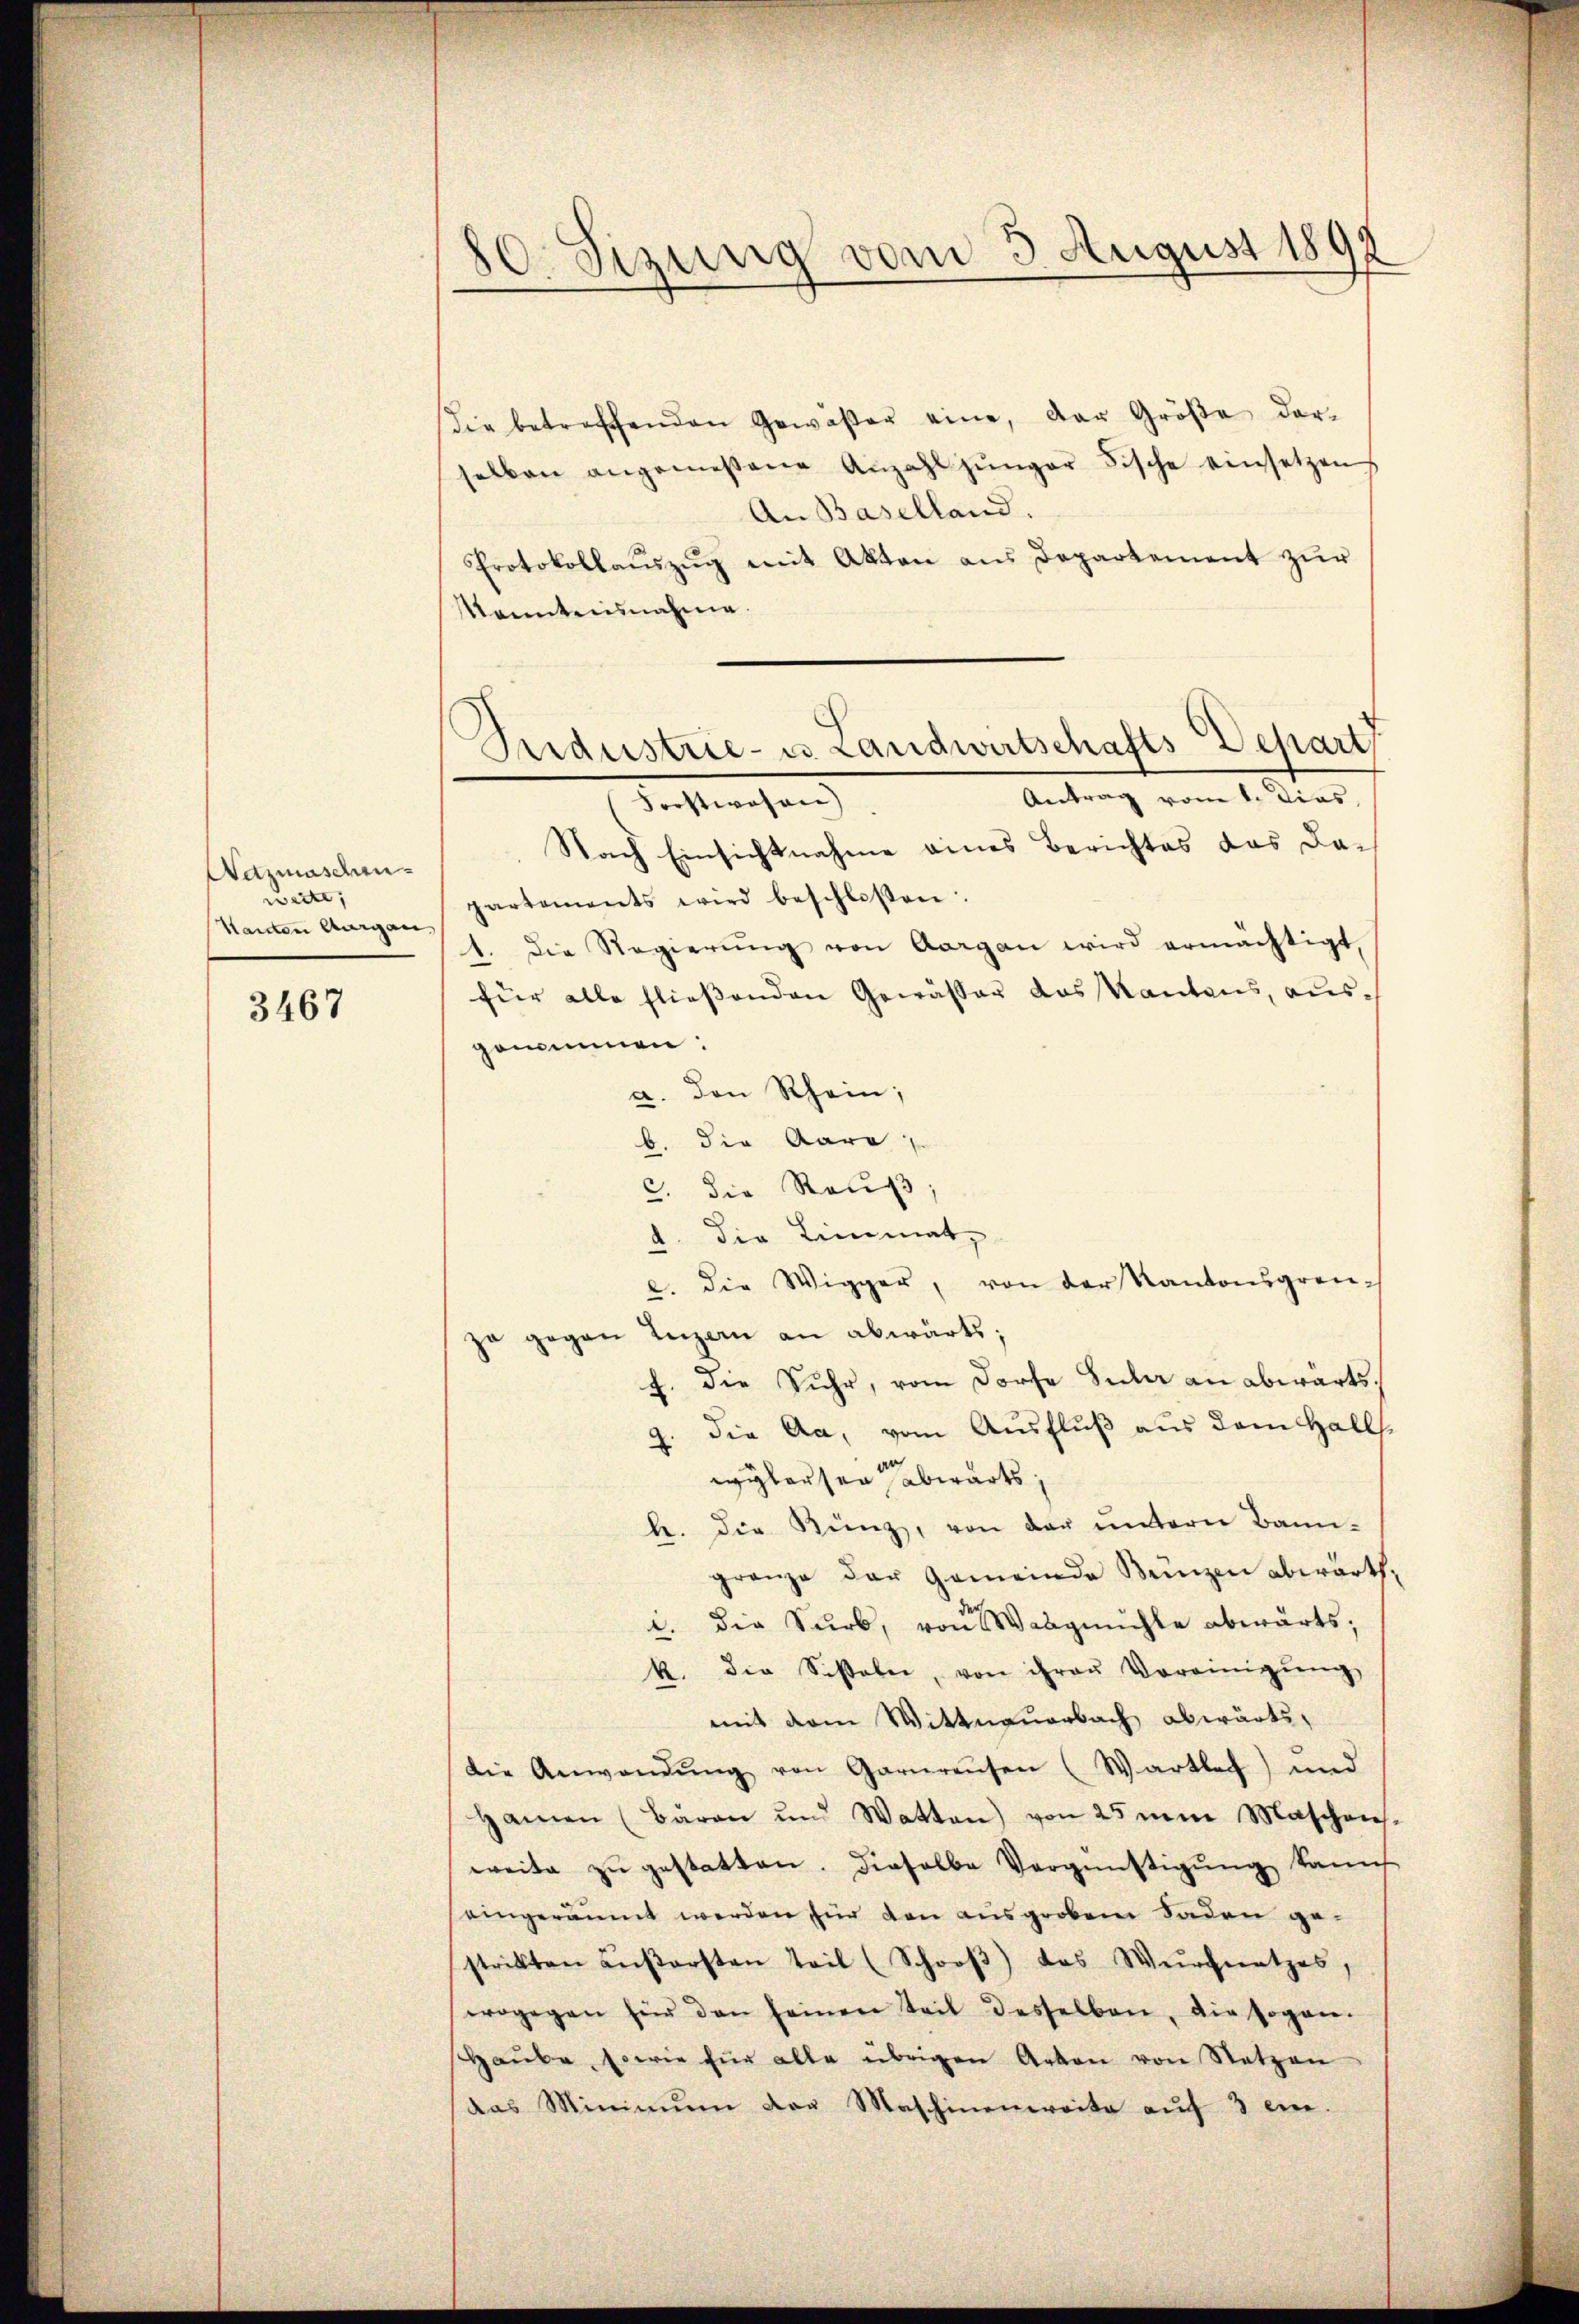
Aanmaschenweite,
Handen Aargau

3467

80. Sizung vom 3. August 1898

Die betreffenden Gewäßer eine, der Größe dar-
alben angemessene Anzahl jünger Fische einsetzen
An Baselland.
Protokollaŭszŭg mit Akten aus Departement zŭr
kanntensnahme.
Forstwesen)
Nach Einsichtnahme eines Berichtes das Da-
partements wird beschlossen:
1. Die Regierŭng von Aargau wird ermächtigt,
für alle fließenden Gewäßer das Kantons, ausgenommen:
a. den Rhein;
b. die Aara
c. die Rauf
d. Die Limmatz
e. die Wigger, von der Kantonsgrenja gegen Inzen an abwärts;
f. die Suhr, vom dorte Suler an abwärts
9. die Aa, vom Ausfluß aus dem Halls.
wylausen abwärts.
h. die Kunz, von der untern Banngränze der Gemeinde Benzen abwarth,
i. Die Surb, von Waagmühle abwärts,
k. Die Sistaber, von ihren Vereinigŭng
mit dem Wittnauerbach abwärts,
die Anwendŭng von Garnreisen (Wartbach) und
Hamen (Baron und Watten) von 25 um Maschens-
weite zŭ gestatten. Dieselbe Vergünstigŭng kann
eingeräumt werden für den ausgroben Saden ge-
strikten aŭβersten teil (Schroβ) das Wergnatzes
wogegen für den seinen Seit desselben, die sogan-
Haŭbe, sowie für alle übrigen Arten von Netzen
das Minimŭm der Maschinenweite aŭf 3 ein.

Industrie- u. Landwirtschafts-Depart
Antrag vom 1. Dies